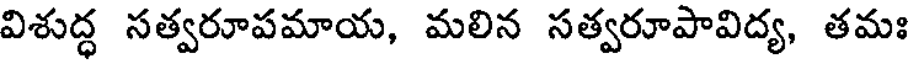
విశుద్ధ సత్వరూపమాయ, మలిన సత్వరూపావిద్య, తమః